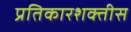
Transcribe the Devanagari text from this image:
प्रतिकारशक्तीस